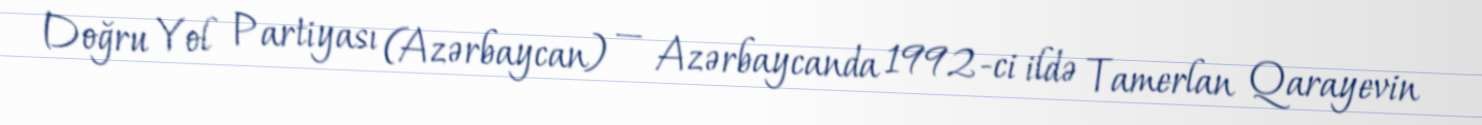
Doğru Yol Partiyası (Azərbaycan) — Azərbaycanda 1992-ci ildə Tamerlan Qarayevin